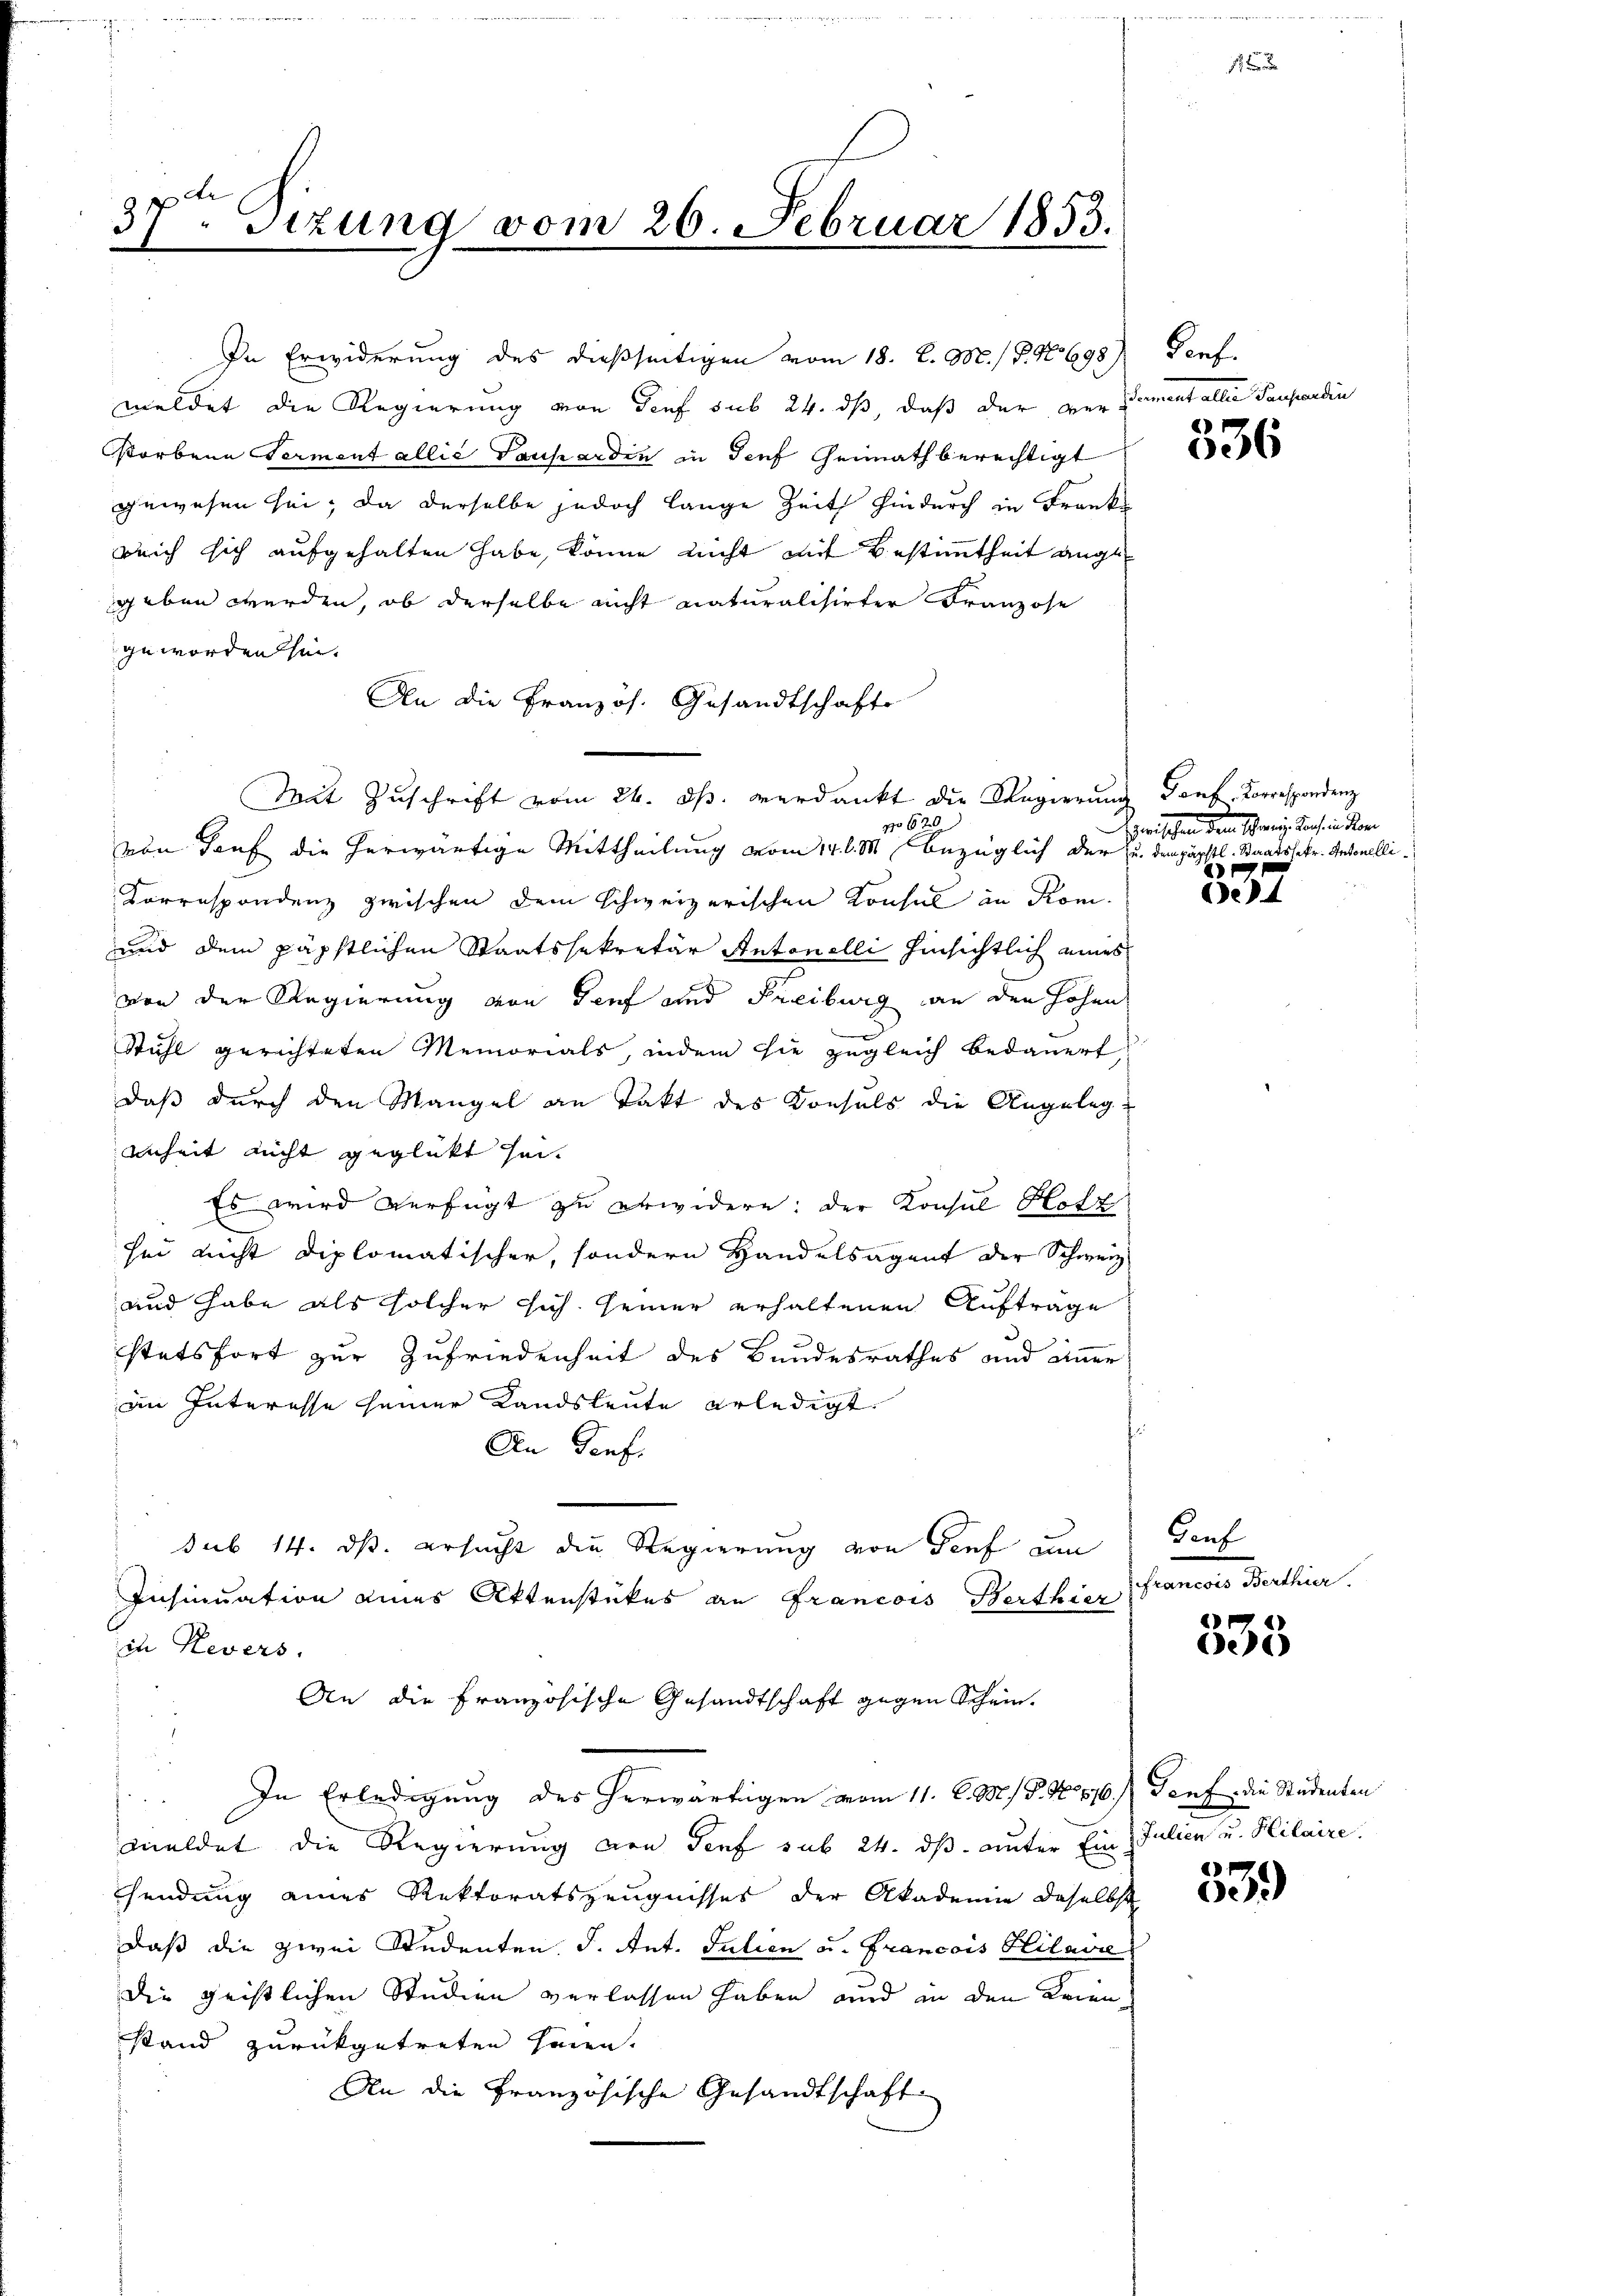
37. Sizung vom 26. Februar 1853.

In Erwiderung des dießseitigen vom 18. d. M. / P. No 698) Genf.
meldet die Regierung von Genf sub 24. ds, daß der verdament aller Paupardin
storbene Verment allie Tanharden in Torf Gemath berechtigt
gewesen sei; da derselbe jedoch lange Zeit hindurch in Franks
reich sich aufgehalten habe, könne nicht mit Bestimmtheit angegeben werden, ob derselbe nicht naturalisirter Franzose
geworden sei.
An die Französ. Gesandtschafts
Mit Zuschrift vom 24. ds. verdankt die Regierung Dorf, Korrespondenz
No 62
von Tauf die herwärtige Mittheilung vom 14. d. M. bezüglich der u. dem päpstl. Staatsbetr. Antonelli¬
Correspondenz zwischen dem schweizerischen Konsul in Rom.
und dem päpstlichen Staatssekretär Antonelli hinsichtlich eines
von der Regierung von Genf und Freiburg an den Hohen
Stuhl gerichteten Memorials, indem sie zugleich bedauert
daß durch den Mangel an Takt des Konsuls die Angeleg
enheit nicht geglickt sei.
Es wird verfügt zu erwidern: der Konsul Hotz
sei nicht diplomatischer, sondern Handelsagent der Schweiz
und habe als solcher sich seiner erhaltenen Aufträge
stetsfort zur Zufriedenheit des Bundesrathes und einer
im Interesse seiner Landsleute erledigt.
Den Genf.
sub 14. ds. ersucht die Regierung von Genf um
Insinuation eines Aktenstückes an Francois Berthier
ich Kevers.
An die Französische Gesandtschaft gegen Schein¬
In Erledigung des herwärtigen vom 11. d. M. P. N. 516.) Genf die Studenten
s
meldet die Regierung von Genf sub 24. ds. unter Ein Julien u. Hilaire.
sendung eines Rektoratszeugnisses der Akademie daselbst
daß die zwei Studenten d. Ant. Julien u. Francois Hilavie
die geistlichen Studien verlassen haben und in den Krienstand zurückgetreten heien.
An die Französische Gesandtschaft

1
6

Zwischen dem Schanis dahin dem
 x

e

Gauf
immenen Bellen.

333

2
60)